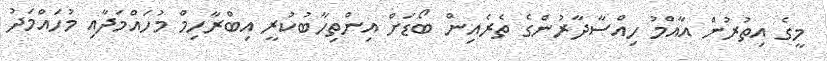
މީގެ އިތުރުން އާއްމު ހިއްސާދާރުންގެ ތެރެއިން ބޯޑަށް އިންތިހާބުކުރީ އިބްރާހިމް މުހައްމަދާއި މުހައްމަދު